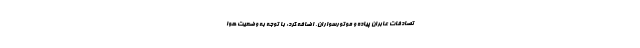
تصادفات عابران پیاده و موتورسواران، اضافه کرد: با توجه به وضعیت هوا